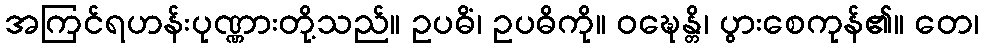
အကြင်ရဟန်းပုဏ္ဏားတို့သည်။ ဥပဓိံ၊ ဥပဓိကို။ ဝဍ္ဎေန္တိ၊ ပွားစေကုန်၏။ တေ၊